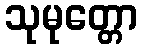
သုမုတ္တော